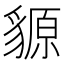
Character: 䝠